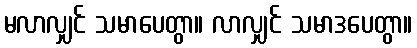
မလာလျှင် သမာပေတွာ။ လာလျှင် သမာဒပေတွာ။